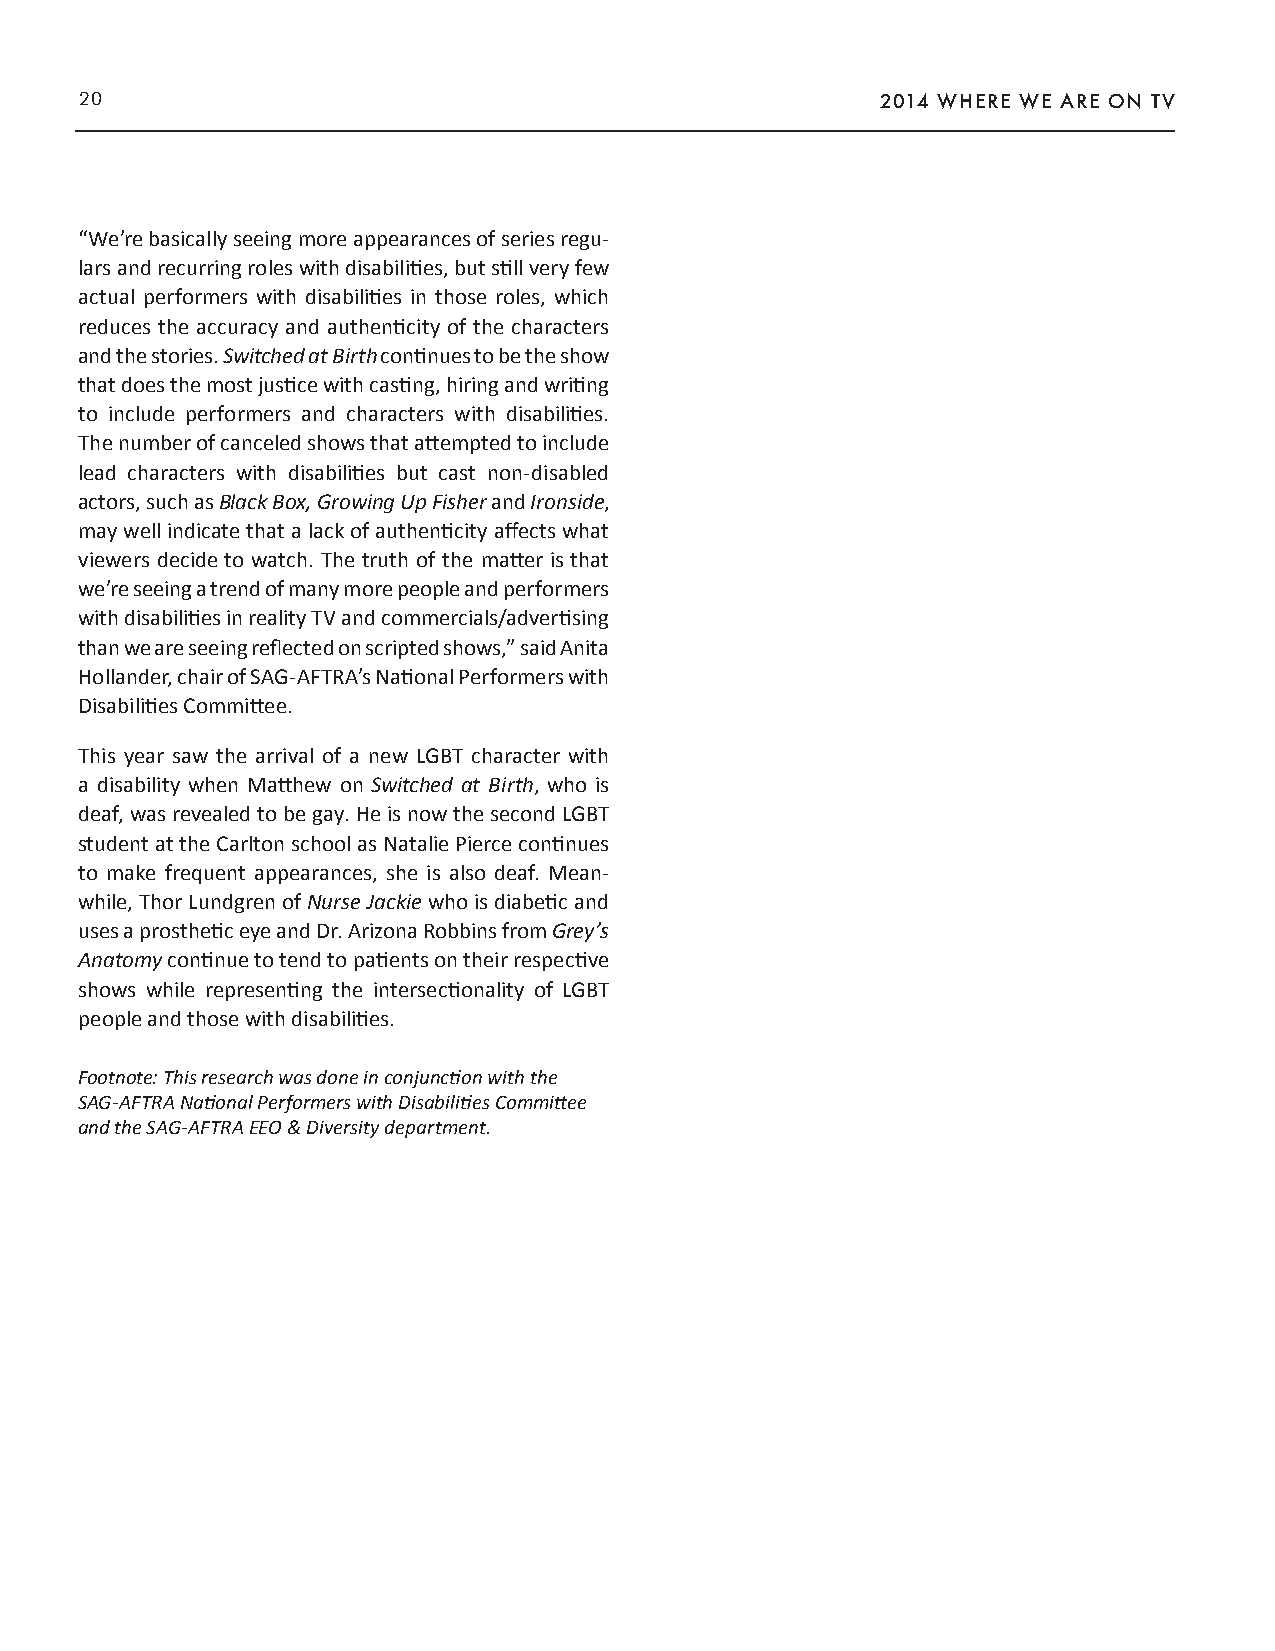
20                                                   2014 WHERE WE ARE ON TV
 “We’re basically seeing more appearances of series regu-
 lars and recurring roles with disabilities, but still very few
 actual performers with disabilities in those roles, which
 reduces the accuracy and authenticity of the characters
 and the stories. Switched at Birth continues to be the show
 that does the most justice with casting, hiring and writing
 to include performers and characters with disabilities.
 The number of canceled shows that attempted to include
 lead characters with disabilities but cast non-disabled
 actors, such as Black Box, Growing Up Fisher and Ironside,
 may well indicate that a lack of authenticity affects what
 viewers decide to watch. The truth of the matter is that
 we’re seeing a trend of many more people and performers
 with disabilities in reality TV and commercials/advertising
 than we are seeing reflected on scripted shows,” said Anita
 Hollander, chair of SAG-AFTRA’s National Performers with
 Disabilities Committee.
 This year saw the arrival of a new LGBT character with
 a disability when Matthew on Switched at Birth, who is
 deaf, was revealed to be gay. He is now the second LGBT
 student at the Carlton school as Natalie Pierce continues
 to make frequent appearances, she is also deaf. Mean-
 while, Thor Lundgren of Nurse Jackie who is diabetic and
 uses a prosthetic eye and Dr. Arizona Robbins from Grey’s
 Anatomy continue to tend to patients on their respective
 shows while representing the intersectionality of LGBT
 people and those with disabilities.
 Footnote: This research was done in conjunction with the
 SAG-AFTRA National Performers with Disabilities Committee
 and the SAG-AFTRA EEO & Diversity department.